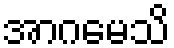
အာဂမေသိ